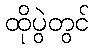
ထိုပွဲတွင်